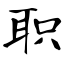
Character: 职